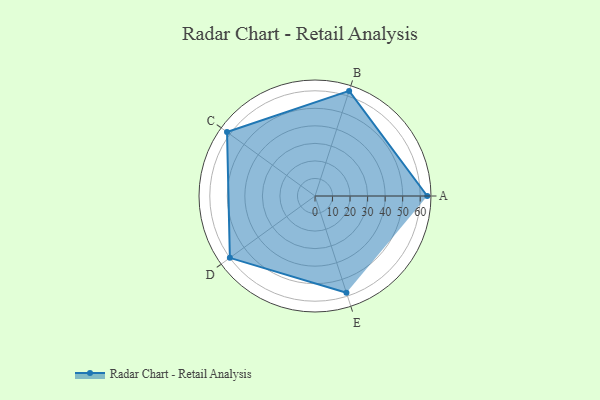
{"axis": {"x": "Skill", "y": "Score"}, "legend": ["Profile"], "data": [{"x": "A", "y": 64.0, "type": "Profile"}, {"x": "B", "y": 63.0, "type": "Profile"}, {"x": "C", "y": 62.0, "type": "Profile"}, {"x": "D", "y": 60.0, "type": "Profile"}, {"x": "E", "y": 58.0, "type": "Profile"}]}